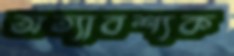
অত্যাবশ্যক